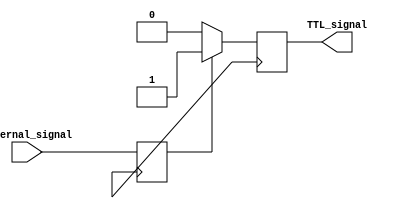
module IO_Block_TTL_buffer (
    input wire internal_signal,
    output reg TTL_signal
);

reg internal_signal_reg;
always @(posedge clk) begin
    internal_signal_reg <= internal_signal;
end

always @(posedge clk) begin
    if (internal_signal_reg) begin
        TTL_signal <= 1'b1; // TTL high voltage level
    end else begin
        TTL_signal <= 1'b0; // TTL low voltage level
    end
end

endmodule